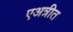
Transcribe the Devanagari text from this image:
एअत्रीत